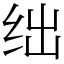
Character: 绌